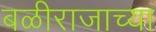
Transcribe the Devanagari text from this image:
बळीराजाच्या